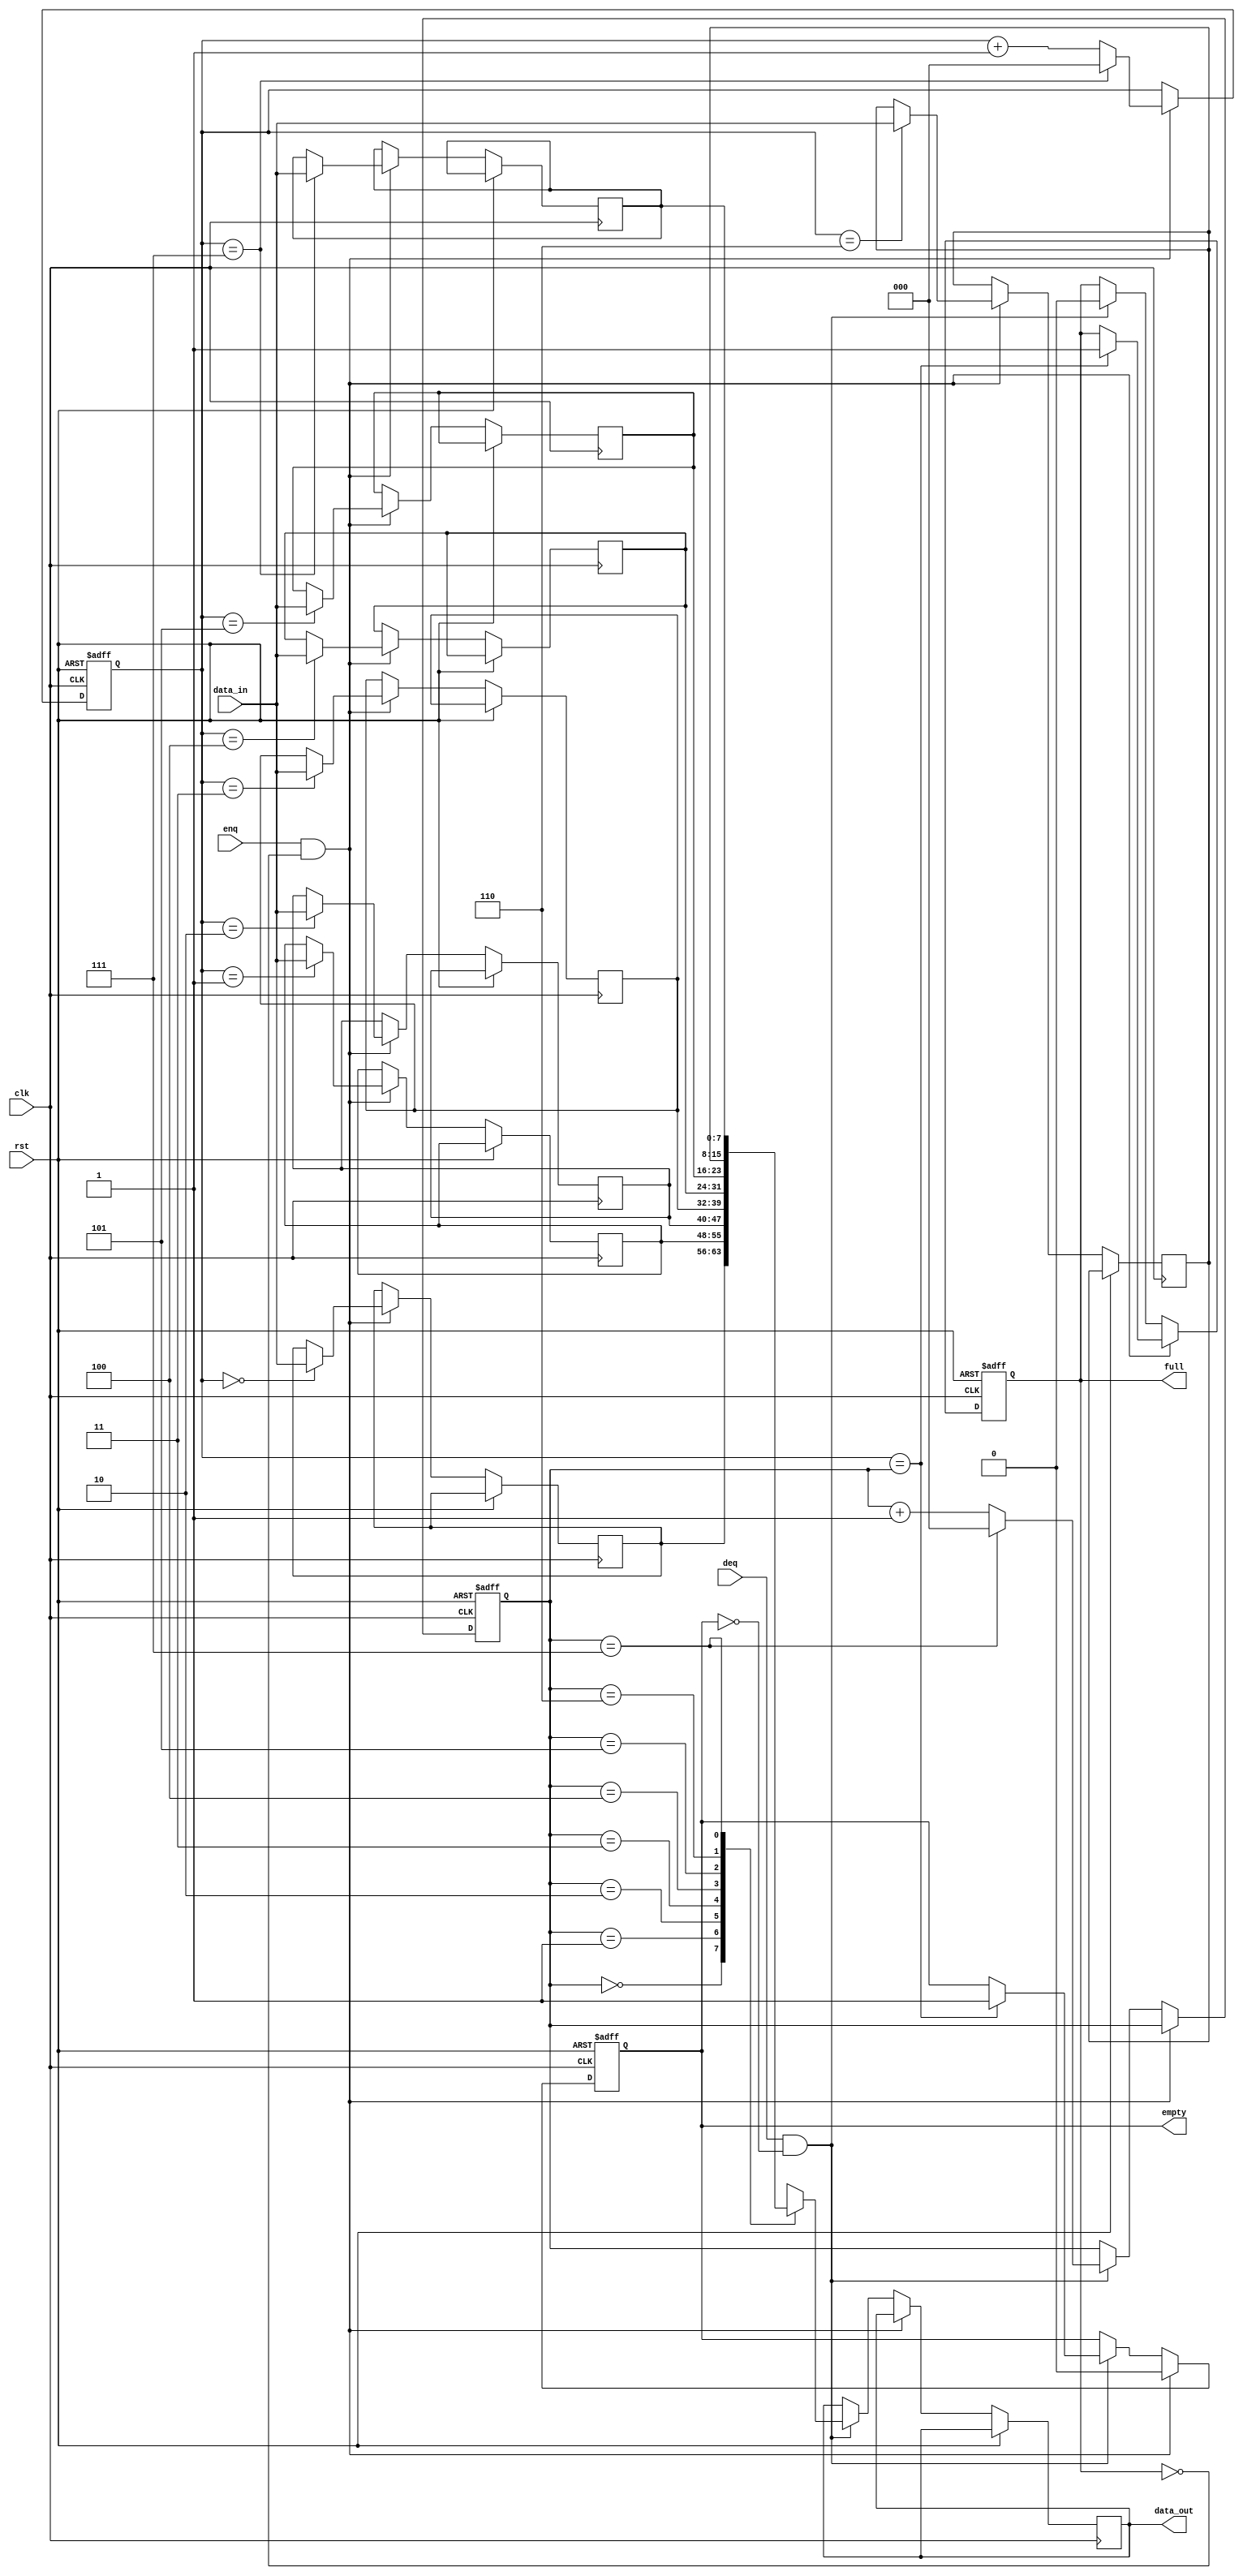
module Circular_FIFO (
  input wire clk,
  input wire rst,
  input wire [7:0] data_in,
  input wire enq,
  input wire deq,
  output reg [7:0] data_out,
  output reg full,
  output reg empty
);

parameter BUFFER_SIZE = 8;
reg [7:0] buffer[BUFFER_SIZE-1:0];
reg [2:0] wp; // write pointer
reg [2:0] rp; // read pointer

always @ (posedge clk or posedge rst)
begin
  if (rst)
  begin
    wp <= 3'b000; // Initialize write pointer
    rp <= 3'b000; // Initialize read pointer
    full <= 1'b0;
    empty <= 1'b1;
  end
  else
  begin
    if (enq && !full)
    begin
      buffer[wp] <= data_in;
      wp <= (wp == BUFFER_SIZE-1) ? 3'b000 : wp + 1;
      empty <= 1'b0;
      if (wp == rp)
        full <= 1'b1;
    end
    else if (deq && !empty)
    begin
      data_out <= buffer[rp];
      rp <= (rp == BUFFER_SIZE-1) ? 3'b000 : rp + 1;
      full <= 1'b0;
      if (wp == rp)
        empty <= 1'b1;
    end
  end
end

endmodule